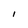
Character: I